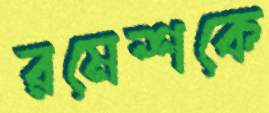
রমেশকে